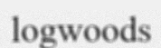
logwoods